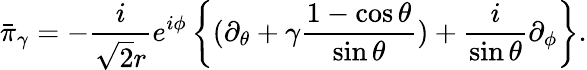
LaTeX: \bar{\pi}_{\gamma}=-\frac{i}{\sqrt{2}r}e^{i\phi}\left\{ (\partial_{\theta}+\gamma\frac{1-\cos\theta}{\sin\theta})+\frac{i}{\sin\theta}\partial_{\phi}\right\} .